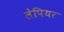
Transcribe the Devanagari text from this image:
लेपियर